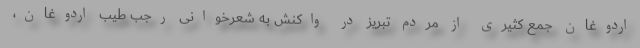
اردوغان جمع کثیری از مردم تبریز در واکنش به شعرخوانی رجب طیب اردوغان،